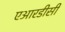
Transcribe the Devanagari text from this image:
एआरडीसी